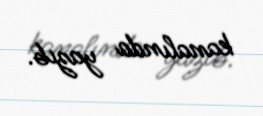
kanalında yazıb.